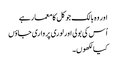
اور وہ بالک جو کل کا معمار ہے
اُس کی بولی اور لوری پر واری جاؤں
کیا لکھوں۔